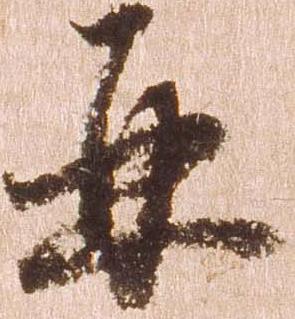
并